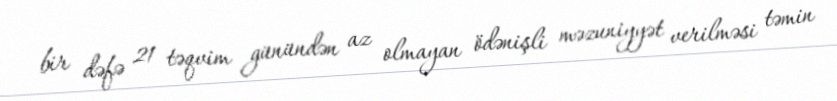
bir dəfə 21 təqvim günündən az olmayan ödənişli məzuniyyət verilməsi təmin